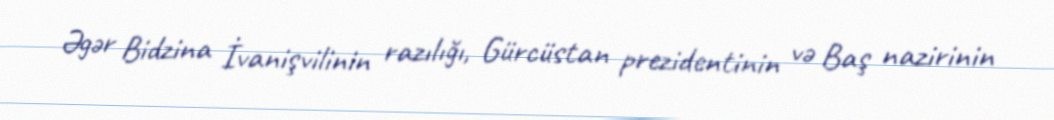
Əgər Bidzina İvanişvilinin razılığı, Gürcüstan prezidentinin və Baş nazirinin